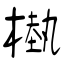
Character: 槸